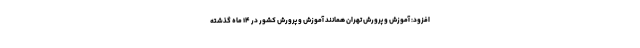
افزود: آموزش و پرورش تهران همانند آموزش و پرورش کشور در ۱۴ ماه گذشته